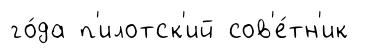
го́да п'илотск'ий сов'е́тн'ик